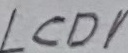
Text: LCD1